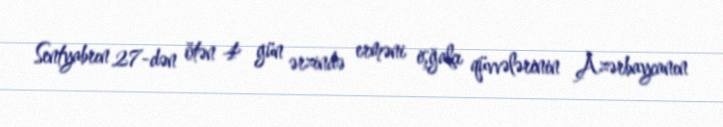
Sentyabrın 27-dən ötən 4 gün ərzində erməni işğalçı qüvvələrinin Azərbaycanın